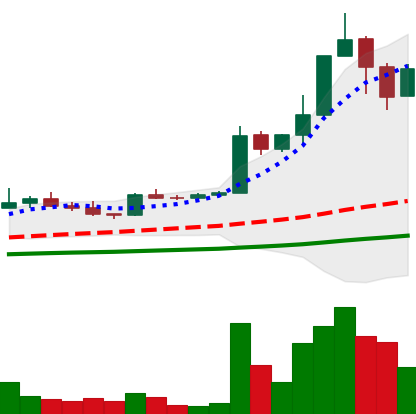
Ticker: TRX-USD
Chart end date: 2021-04-08
Forward return: 18.874%
Label: up_7plus